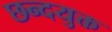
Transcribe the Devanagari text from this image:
छन्दयुक्त